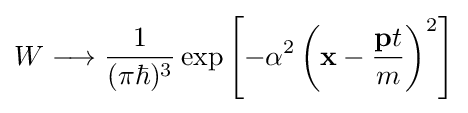
W\longrightarrow {\frac {1}{(\pi \hbar )^{3}}}\exp \left[-\alpha ^{2}\left(\mathbf {x} -{\frac {\mathbf {p} t}{m}}\right)^{2}\right]